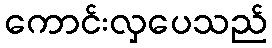
ကောင်းလှပေသည်